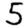
Digit: 5